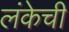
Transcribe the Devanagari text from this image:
लंकेची